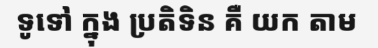
ទូទៅ ក្នុង ប្រតិទិន គឺ យក តាម